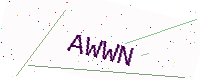
Text: AWWN